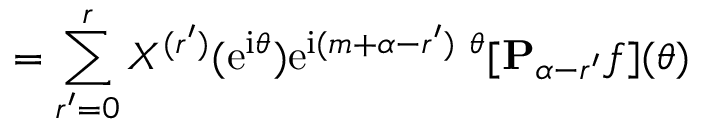
= \sum _ { r ^ { \prime } = 0 } ^ { r } X ^ { ( r ^ { \prime } ) } ( \mathrm { e } ^ { \mathrm { i } \theta } ) \mathrm { e } ^ { \mathrm { i } ( m + \alpha - r ^ { \prime } ) \ { \theta } } [ { \bf P } _ { \alpha - r ^ { \prime } } { f } ] ( \theta )